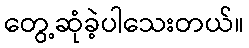
တွေ့ဆုံခဲ့ပါသေးတယ်။